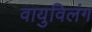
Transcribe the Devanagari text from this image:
वायुविलंग